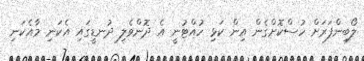
ލޯބިންފަރަށް ހުސްކޮށްގެން އިން ކަޅި ހުއްޓުނީ އެ ދޮންވެލި ދުނޑީގައި އެކަނި މާއެކަނި